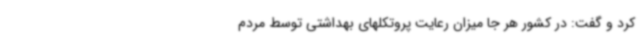
کرد و گفت: در کشور هر جا میزان رعایت پروتکلهای بهداشتی توسط مردم